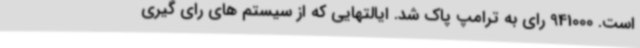
است. 941000 رای به ترامپ پاک شد. ایالتهایی که از سیستم های رای گیری